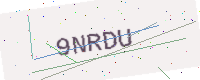
Text: 9NRDU